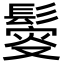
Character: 𩮃